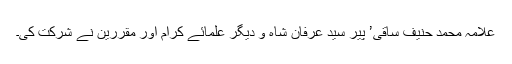
علامہ محمد حنیف ساقی’ پیر سید عرفان شاہ و دیگر علمائے کرام اور مقررین نے شرکت کی۔